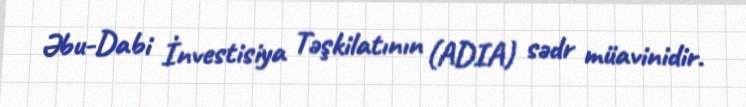
Əbu-Dabi İnvestisiya Təşkilatının (ADIA) sədr müavinidir.